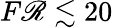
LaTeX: F\mathscr{R}\lesssim20